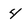
Character: 4